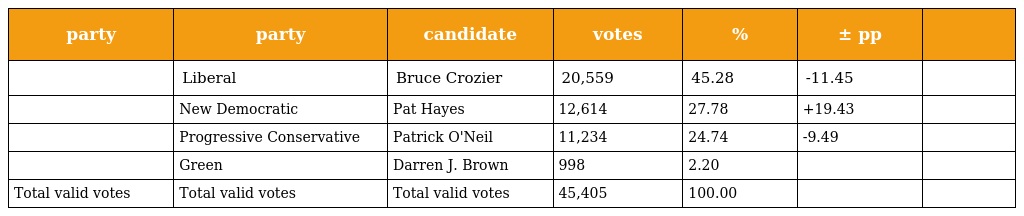
| party | party | candidate | votes | % | ± pp |  |
 | --- | --- | --- | --- | --- | --- | --- |
 |  | Liberal | Bruce Crozier | 20,559 | 45.28 | -11.45 |  |
 |  | New Democratic | Pat Hayes | 12,614 | 27.78 | +19.43 |  |
 |  | Progressive Conservative | Patrick O'Neil | 11,234 | 24.74 | -9.49 |  |
 |  | Green | Darren J. Brown | 998 | 2.20 |  |  |
 | Total valid votes | Total valid votes | Total valid votes | 45,405 | 100.00 |  |  |